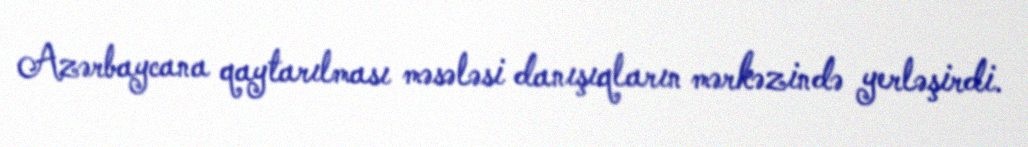
Azərbaycana qaytarılması məsələsi danışıqların mərkəzində yerləşirdi.